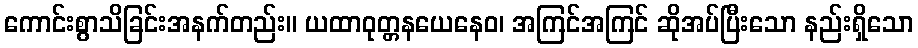
ကောင်းစွာသိခြင်းအနက်တည်း။ ယထာဝုတ္တနယေနေဝ၊ အကြင်အကြင် ဆိုအပ်ပြီးသော နည်းရှိသော